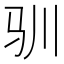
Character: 驯